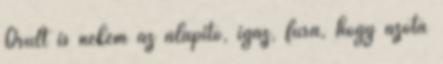
Örült is nekem az alapító, igaz, fura, hogy azóta